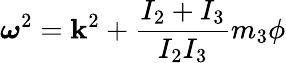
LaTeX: {\boldsymbol\omega}^{2}=\mathbf{k}^{2}+\frac{{I_{2}+I_{3}}}{{I_{2}I_{3}}}m_{3}\phi